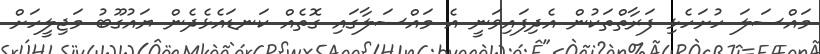
މައްސަލަ ހުށަހެޅި ފަރާތްތަކުން އެދިފައިވަނީ އެ މައްސަލާގައި ގޮތެއް ކަނޑައެޅެދެން ޔައުގޫބު މަޖިލީހަށް